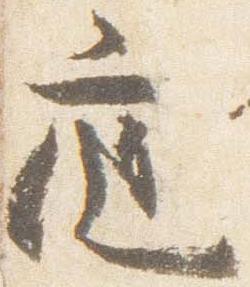
庭